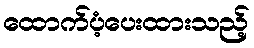
ထောက်ပံ့ပေးထားသည့်